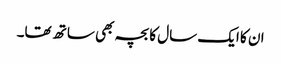
ان کا ایک سال کا بچہ بھی ساتھ تھا۔